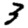
Digit: 3